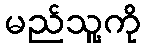
မည်သူ့ကို